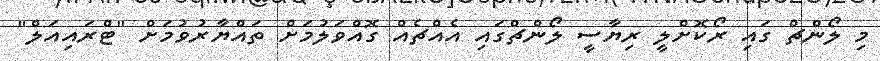
މި ލޯންޗް ގައި ރޯކޮށްލީ ރިޔާސީ ލޯންޗްގައި އެއްޗެއް ގޮއްވަލުމަށް ތައްޔާރުވުމަށް "ޓްރައިއަލް"